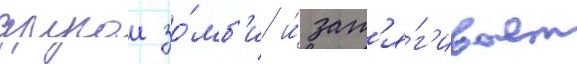
другои зо́мб'и и́ зат'я́г'ивает